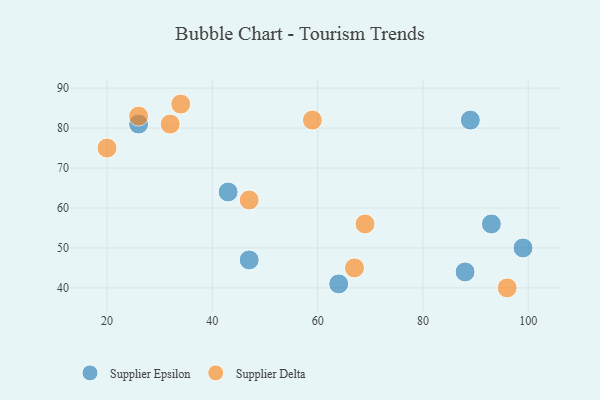
{"axis": {"x": "GDP", "y": "Life Expectancy"}, "legend": ["Supplier Delta", "Supplier Epsilon"], "data": [{"x": "43", "y": 64, "type": "Supplier Epsilon"}, {"x": "47", "y": 47, "type": "Supplier Epsilon"}, {"x": "89", "y": 82, "type": "Supplier Epsilon"}, {"x": "64", "y": 41, "type": "Supplier Epsilon"}, {"x": "93", "y": 56, "type": "Supplier Epsilon"}, {"x": "88", "y": 44, "type": "Supplier Epsilon"}, {"x": "99", "y": 50, "type": "Supplier Epsilon"}, {"x": "26", "y": 81, "type": "Supplier Epsilon"}, {"x": "34", "y": 86, "type": "Supplier Delta"}, {"x": "96", "y": 40, "type": "Supplier Delta"}, {"x": "59", "y": 82, "type": "Supplier Delta"}, {"x": "32", "y": 81, "type": "Supplier Delta"}, {"x": "47", "y": 62, "type": "Supplier Delta"}, {"x": "67", "y": 45, "type": "Supplier Delta"}, {"x": "20", "y": 75, "type": "Supplier Delta"}, {"x": "69", "y": 56, "type": "Supplier Delta"}, {"x": "26", "y": 83, "type": "Supplier Delta"}]}